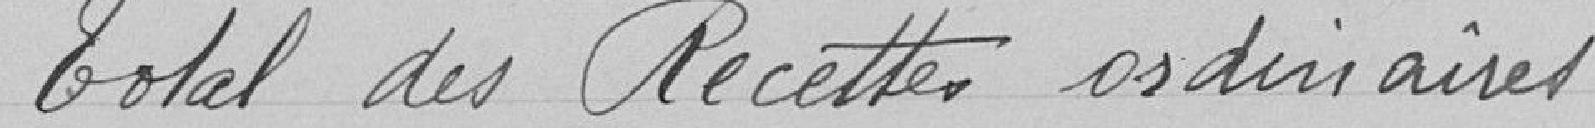
Total des Recettes ordinaires